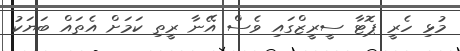
މުޅި ހެރީ ޕޮޓާ ސީރީޒްގައި ވެސް އޭނާ ރީތި ކަމަށް އެތައް ބަޔަކު